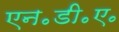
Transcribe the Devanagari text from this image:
एन॰डी॰ए॰